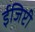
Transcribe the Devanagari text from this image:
ईजिप्टी